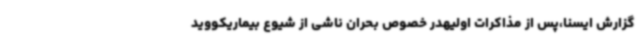
گزارش ایسنا،پس از مذاکرات اولیهدر خصوص بحران ناشی از شیوع بیماریکووید